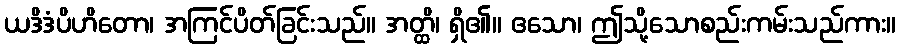
ယဒိဒံပိဟိတော၊ အကြင်ပိတ်ခြင်းသည်။ အတ္ထိ၊ ရှိ၏။ ဧသော၊ ဤသို့သောစည်းကမ်းသည်ကား။